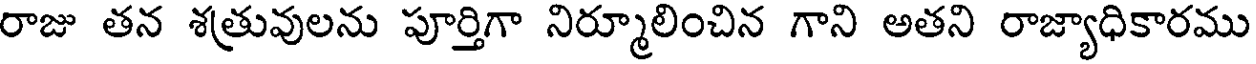
రాజు తన శత్రువులను పూర్తిగా నిర్మూలించిన గాని అతని రాజ్యాధికారము